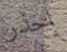
إحذر